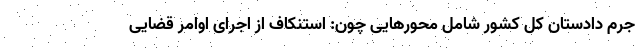
جرم دادستان کل کشور شامل محور‌هایی چون: استنکاف از اجرای اوامر قضایی